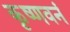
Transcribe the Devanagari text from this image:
कृष्णवनं